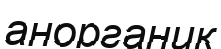
анорганик